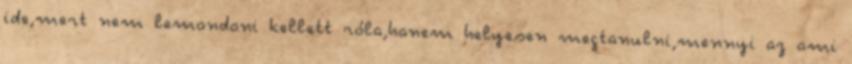
ide,mert nem lemondani kellett róla,hanem helyesen megtanulni,mennyi az ami